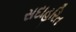
સદાહરિત